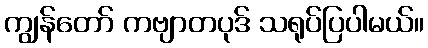
ကျွန်တော် ကဗျာတပုဒ် သရုပ်ပြပါမယ်။